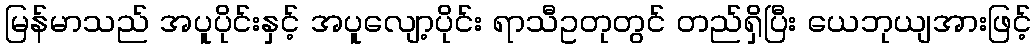
မြန်မာသည် အပူပိုင်းနှင့် အပူလျော့ပိုင်း ရာသီဥတုတွင် တည်ရှိပြီး ယေဘုယျအားဖြင့်